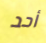
أحد